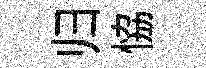
归恊